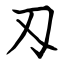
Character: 刄